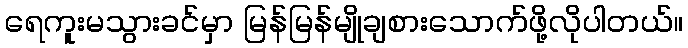
ရေကူးမသွားခင်မှာ မြန်မြန်မျိုချစားသောက်ဖို့လိုပါတယ်။